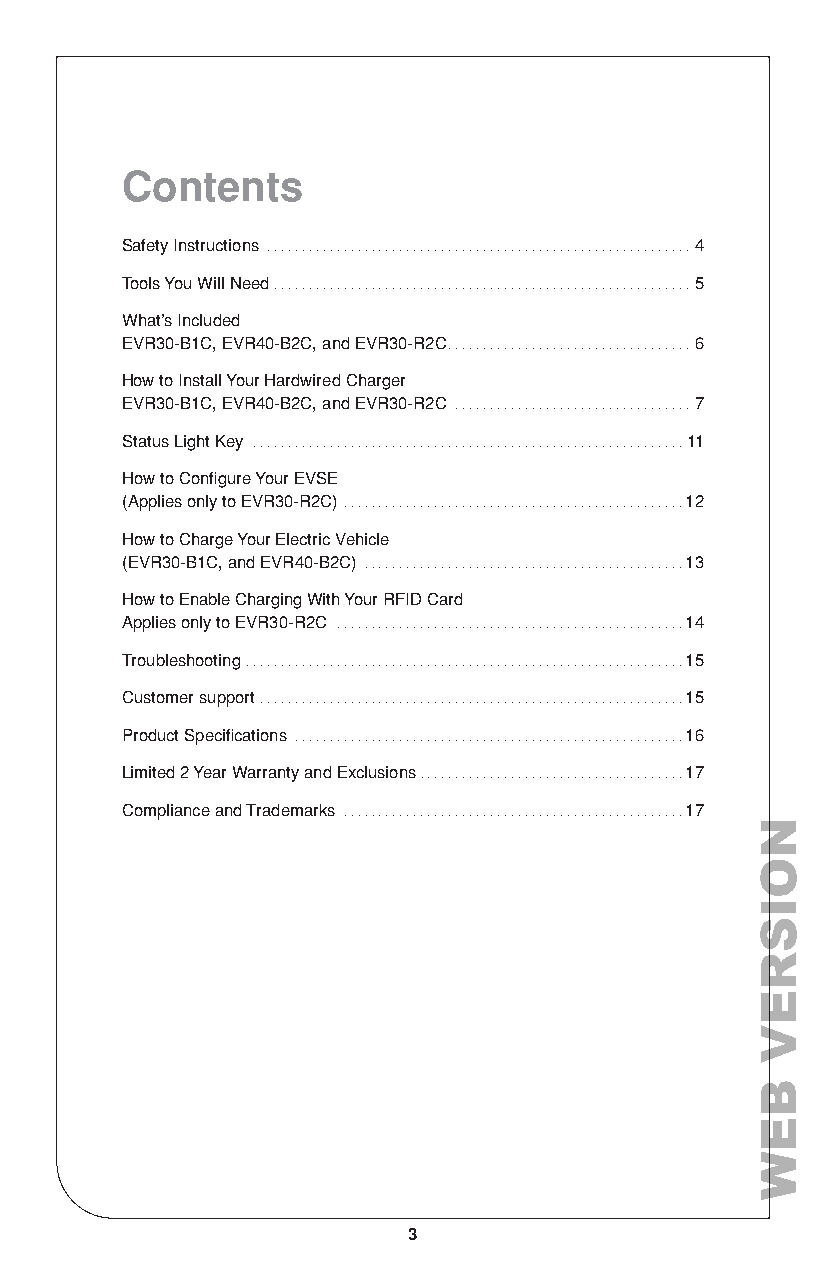
Contents
 Safety Instructions ............................................................. 4
 Tools You Will Need ............................................................5
 What’s Included
 EVR30-B1C, EVR40-B2C, and EVR30-R2C ...................................6
 How to Install Your Hardwired Charger
 EVR30-B1C, EVR40-B2C, and EVR30-R2C ..................................7
 Status Light Key ..............................................................11
 How to Configure Your EVSE
 (Applies only to EVR30-R2C) .................................................12
 How to Charge Your Electric Vehicle
 (EVR30-B1C, and EVR40-B2C) ..............................................13
 How to Enable Charging With Your RFID Card
 Applies only to EVR30-R2C ..................................................14
 Troubleshooting ...............................................................15
 Customer support .............................................................15
 Product Specifications ........................................................16
 Limited 2 Year Warranty and Exclusions ......................................17
 Compliance and Trademarks .................................................17
 3
 NOISREV
 BEW